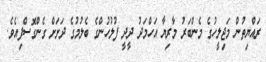
ރައްޔިތުން މަޖިލީހުގެ މެންބަރު މާރިޔާ އަހްމަދު ދީދީ ފުލުހުންގެ ބެލުމުގެ ދަށަށް ގެންގޮސްފިއެވެ.